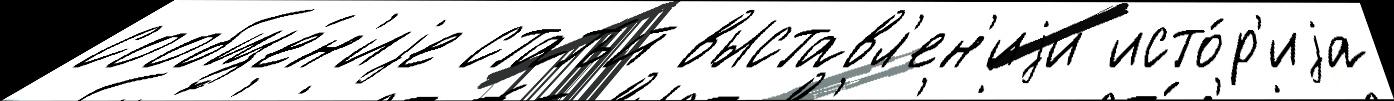
сообще́н'иjе стать́й выставл'ен'иjи исто́р'иjа